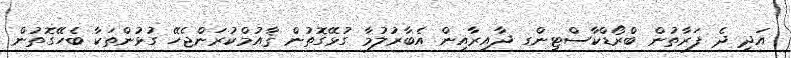
އަދި ދެ ފަރާތުން ބްރޯޑްކާސްޓިންގ ދާއިރާއިން އެބާރުލުމާ ގުޅޭގޮތުން ޤާއުމްކުރަންޖެހޭ ގުޅުންތަކާ ބެހޭގޮތުން